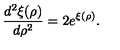
\frac { d ^ { 2 } \xi ( \rho ) } { d \rho ^ { 2 } } = 2 e ^ { \xi ( \rho ) } .